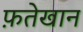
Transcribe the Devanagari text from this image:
फ़तेखान